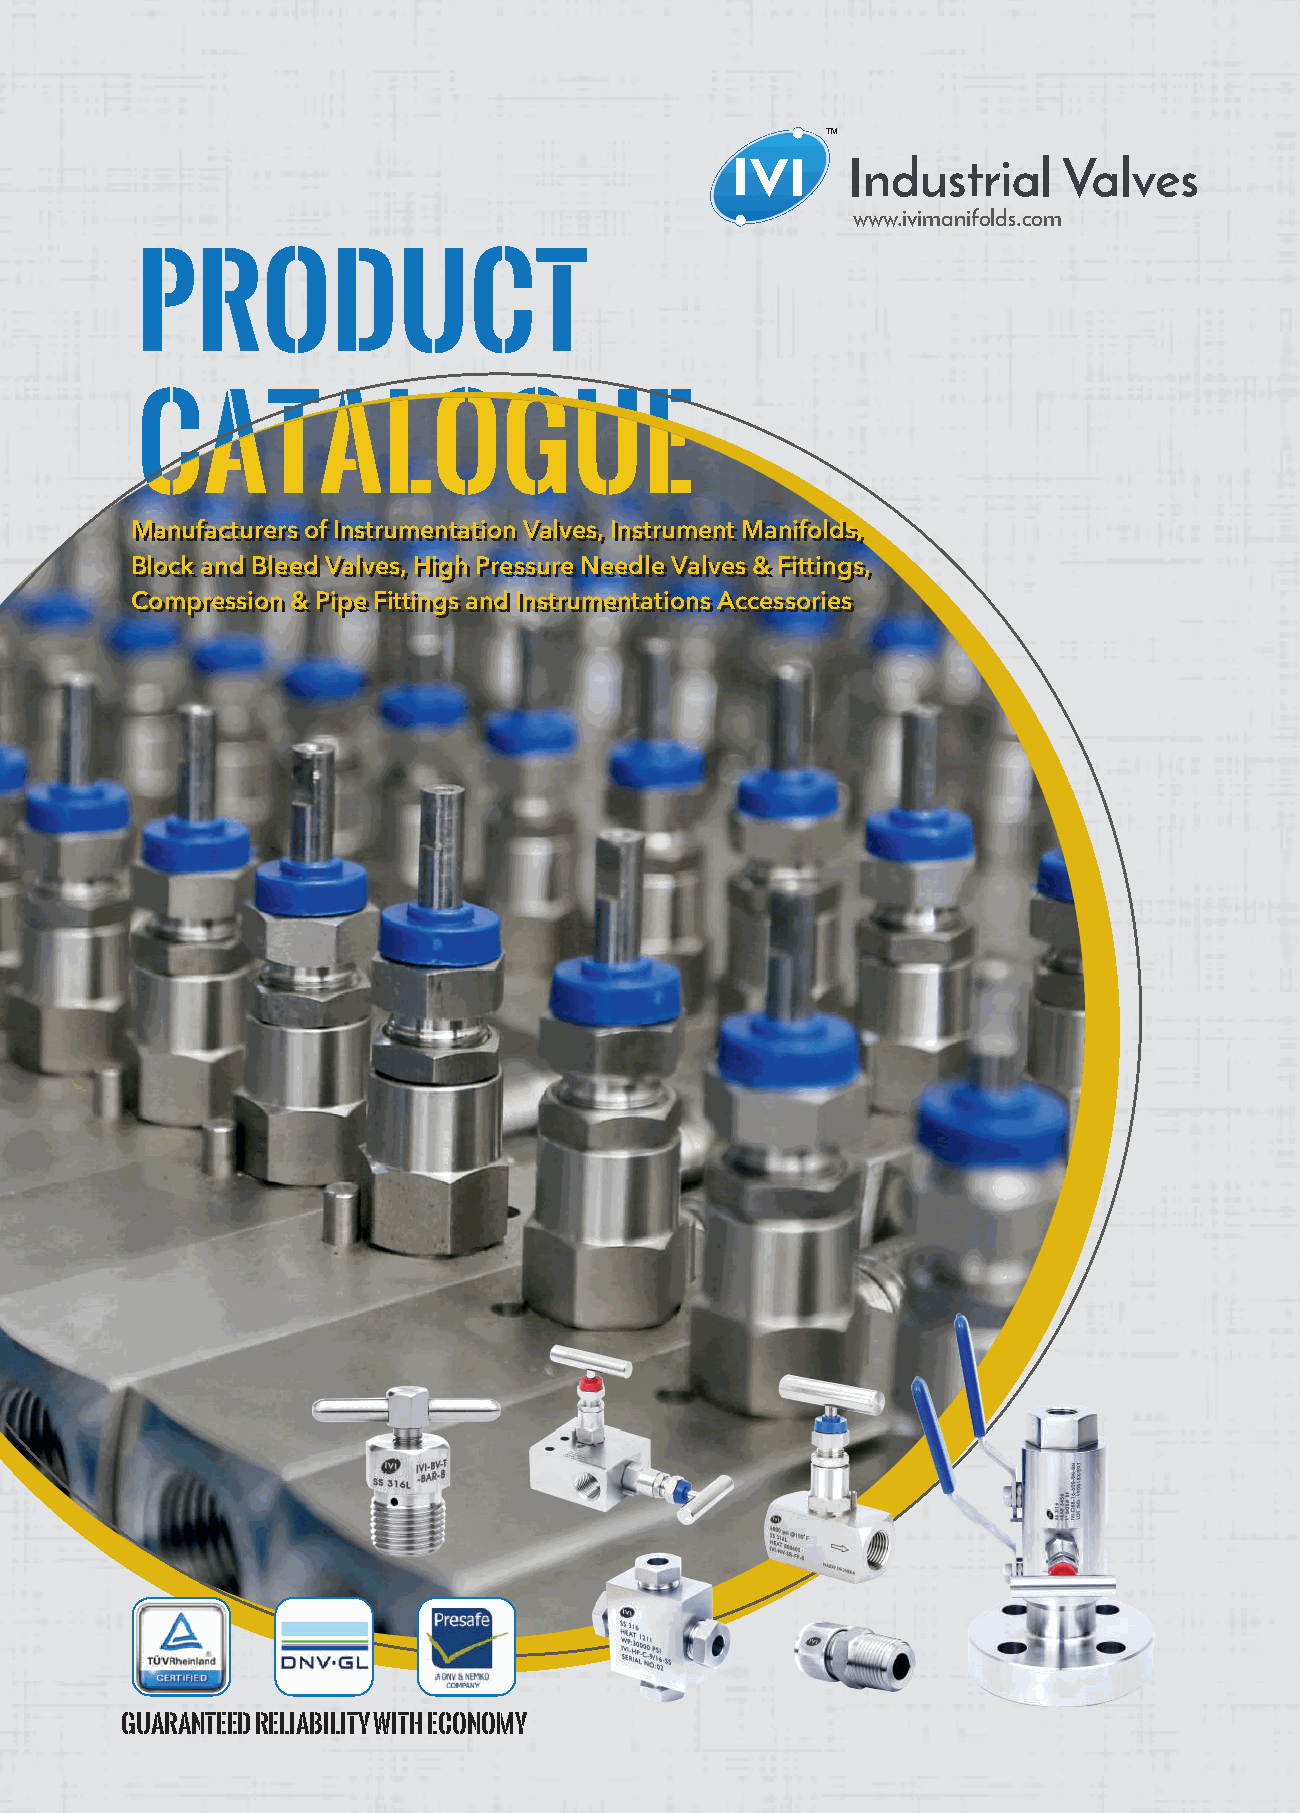
™
 www.ivimanifolds.com
 PPPRRROOODDDUUUCCCTTT
 CCCAAATTTAAALLLOOOGGGUUUEEE
 MMaannuuffaaccttuurreerrss ooff IInnssttrruummeennttaattiioonn VVaallvveess,, IInnssttrruummeenntt MMaanniiffoollddss,,
 BBlloocckk aanndd BBlleeeedd VVaallvveess,, HHiigghh PPrreessssuurree NNeeeeddllee VVaallvveess && FFiittttiinnggss,,
 CCoommpprreessssiioonn && PPiippee FFiittttiinnggss aanndd IInnssttrruummeennttaattiioonnss AAcccceessssoorriieess
 GUARANTEED RELIABILITY WITH ECONOMY